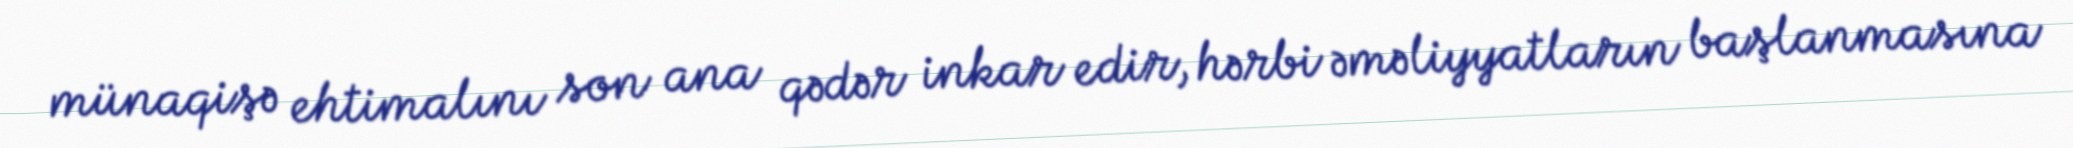
münaqişə ehtimalını son ana qədər inkar edir, hərbi əməliyyatların başlanmasına